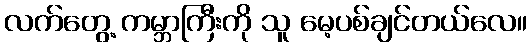
လက်တွေ့ ကမ္ဘာကြီးကို သူ မေ့ပစ်ချင်တယ်လေ။